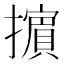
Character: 𢷤